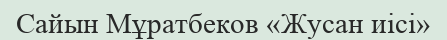
Сайын Мұратбеков «Жусан иісі»